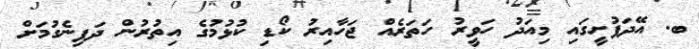
ބ. އޭދަފުށީގައި މިއަދު ހަވީރު ހަތަރެއް ޖަހާއިރު ކޯޑި ކުޅުމުގެ އިތުރުން ދަފިނެގުމަށް